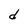
Character: d